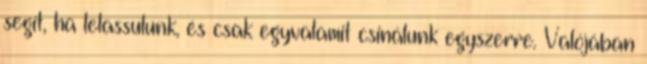
segít, ha lelassulunk, és csak egyvalamit csinálunk egyszerre. Valójában